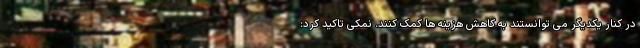
در کنار یکدیگر می توانستند به کاهش هزینه ها کمک کنند. نمکی تاکید کرد: